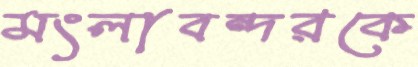
মংলাবন্দরকে